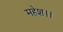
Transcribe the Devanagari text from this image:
महेश।।